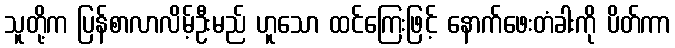
သူတို့က ပြန်စာလာလိမ့်ဦးမည် ဟူသော ထင်ကြေးဖြင့် နောက်ဖေးတံခါးကို ပိတ်ကာ